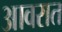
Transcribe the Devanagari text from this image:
आवरात